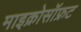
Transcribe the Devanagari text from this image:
माइक्रोसॉफ्रट